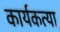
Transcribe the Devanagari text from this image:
कार्यकत्या